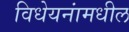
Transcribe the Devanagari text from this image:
विधेयनांमधील